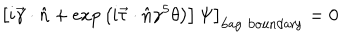
\left. \left[ i \vec { \gamma } \cdot \hat { n } + \mathrm { e x p } \left( i \vec { \tau } \cdot \hat { n } \gamma ^ { 5 } \theta \right) \right] \Psi \right] _ { \mathrm { b a g \, \, b o u n d a r y } } = 0